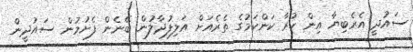
ސައުދީ އެރެބިޔާ އިން ކުރާ ކަންކަމުގެ ތެރެއަށް އަލިފުދާލުން ބޭނެން ފެށުމުން ސައުދީން